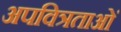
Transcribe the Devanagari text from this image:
अपवित्रताओं